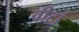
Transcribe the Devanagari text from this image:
वीटां